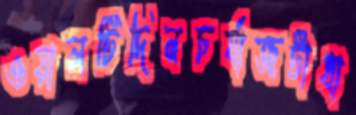
ওয়ালটিদিনচর্যাজটাধা